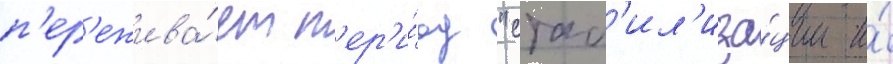
п'ер'ежива́ет п'ер'и́од "стаб'ил'иза́ции и́